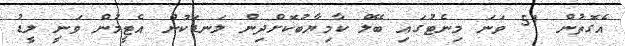
އެގޮތުން 51 ވަނަ މިނެޓުގައި ބޭލް ކާމިޔާބުކޮށްދިން ލަނޑަކުން އެޓީމުން ވަނީ ލީޑު